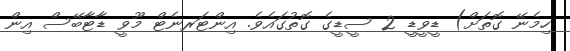
ހިމެނޭ ގޮތަށް) ޑީވީޑީ 2 ސީޑީގެ ގޮތުގައެވެ. އިންޓަރނެޓް މޫވީ ޑާޓާބޭސް އިން